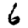
Digit: 6